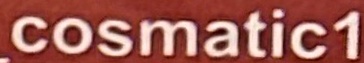
osmatic1